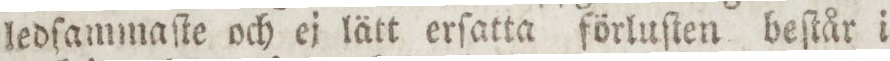
ledſammaſte och ej lätt erſatta förluſten beſtår i